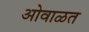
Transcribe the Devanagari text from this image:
ओवाळत